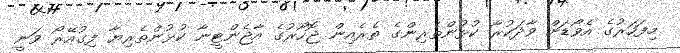
މިފަހަރުގެ އެވޯޑަށް ވާދަކުރާ ކުޅުންތެރިންގެ ތެރެއިން ޖޮހޯރުގެ އާޖެންޓީނާ ކުޅުންތެރިޔާ ފިގުއޭރޯ ވަނީ